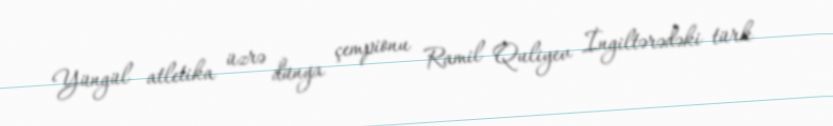
Yüngül atletika üzrə dünya çempionu Ramil Quliyev İngiltərədəki türk